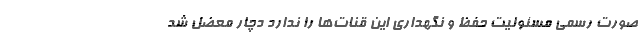
صورت رسمی مسئولیت حفظ و نگهداری این قنات‌ها را ندارد دچار معضل شد